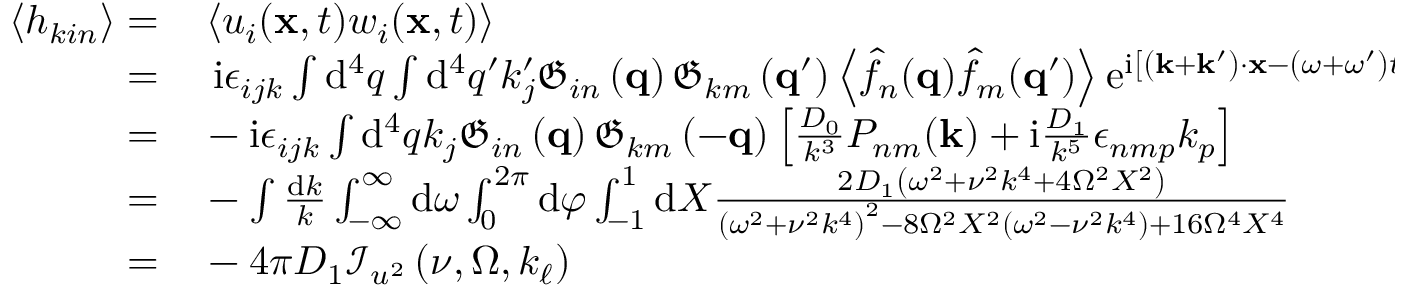
\begin{array} { r l } { \left\langle h _ { k i n } \right\rangle = } & { { } \left\langle u _ { i } ( \mathbf { x } , t ) w _ { i } ( \mathbf { x } , t ) \right\rangle } \\ { = } & { { } \, \, \mathrm { i } \epsilon _ { i j k } \int \mathrm { d } ^ { 4 } q \int \mathrm { d } ^ { 4 } q ^ { \prime } k _ { j } ^ { \prime } \mathfrak { G } _ { i n } \left( \mathbf { q } \right) \mathfrak { G } _ { k m } \left( \mathbf { q } ^ { \prime } \right) \left\langle \hat { f } _ { n } ( \mathbf { q } ) \hat { f } _ { m } ( \mathbf { q } ^ { \prime } ) \right\rangle \mathrm { e } ^ { \mathrm { i } \left[ \left( \mathbf { k } + \mathbf { k } ^ { \prime } \right) \cdot \mathbf { x } - \left( \omega + \omega ^ { \prime } \right) t \right] } } \\ { = } & { { } - \mathrm { i } \epsilon _ { i j k } \int \mathrm { d } ^ { 4 } q k _ { j } \mathfrak { G } _ { i n } \left( \mathbf { q } \right) \mathfrak { G } _ { k m } \left( - \mathbf { q } \right) \left[ \frac { D _ { 0 } } { k ^ { 3 } } P _ { n m } ( \mathbf { k } ) + \mathrm { i } \frac { D _ { 1 } } { k ^ { 5 } } \epsilon _ { n m p } k _ { p } \right] } \\ { = } & { { } - \int \frac { \mathrm { d } k } { k } \int _ { - \infty } ^ { \infty } \mathrm { d } \omega \int _ { 0 } ^ { 2 \pi } \mathrm { d } \varphi \int _ { - 1 } ^ { 1 } \mathrm { d } X \frac { 2 D _ { 1 } \left( \omega ^ { 2 } + \nu ^ { 2 } k ^ { 4 } + 4 \Omega ^ { 2 } X ^ { 2 } \right) } { \left( \omega ^ { 2 } + \nu ^ { 2 } k ^ { 4 } \right) ^ { 2 } - 8 \Omega ^ { 2 } X ^ { 2 } \left( \omega ^ { 2 } - \nu ^ { 2 } k ^ { 4 } \right) + 1 6 \Omega ^ { 4 } X ^ { 4 } } } \\ { = } & { { } - 4 \pi D _ { 1 } \mathcal { I } _ { u ^ { 2 } } \left( \nu , \Omega , k _ { \ell } \right) } \end{array}